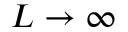
L \to \infty